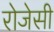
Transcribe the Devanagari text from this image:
रोजेसी